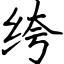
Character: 绔